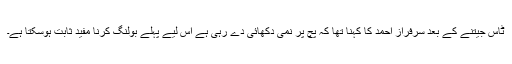
ٹاس جیتنے کے بعد سرفراز احمد کا کہنا تھا کہ پچ پر نمی دکھائی دے رہی ہے اس لیے پہلے بولنگ کرنا مفید ثابت ہوسکتا ہے۔